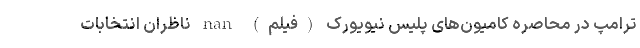
ترامپ در محاصره کامیون‌های پلیس نیویورک (فیلم) nan ناظران انتخابات